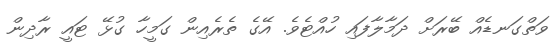
ވަތްގަނޑެއް ބޭރަށް ދަމާލާފައި ހުއްޓެވެ. އޭގެ ތެރެއިން ގަމީހާ ގުޅޭ ޓައީ ރާދިން